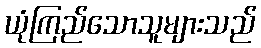
ယုံကြည်သောသူများသည်